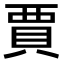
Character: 賈